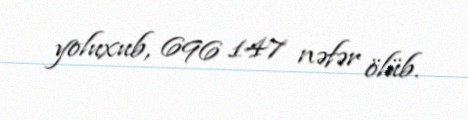
yoluxub, 696 147 nəfər ölüb.